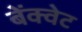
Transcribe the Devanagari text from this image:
बेंक्वेट